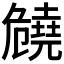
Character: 𠨪